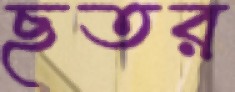
ছতর